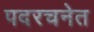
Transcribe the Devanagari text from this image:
पदरचनेत